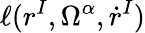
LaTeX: \ell(r^{I},\Omega^{\alpha},\dot{r}^{I})